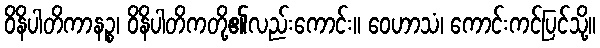
ဝိနိပါတိကာနဉ္စ၊ ဝိနိပါတိကတို့၏လည်းကောင်း။ ဝေဟာသံ၊ ကောင်းကင်ပြင်သို့။